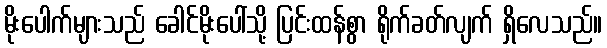
မိုးပေါက်များသည် ခေါင်မိုးပေါ်သို့ ပြင်းထန်စွာ ရိုက်ခတ်လျက် ရှိလေသည်။